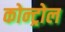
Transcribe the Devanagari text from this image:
कोन्ट्रोल